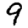
Digit: 9